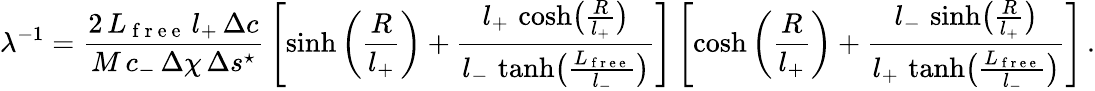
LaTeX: \lambda^{-1}=\frac{2\, L_{\mathrm{~f~r~e~e~}}\, l_{+}\, \Delta c}{M\, c_{-}\, \Delta\chi\, \Delta s^{\star}}\, \left[\sinh\left(\frac{R}{l_{+}}\right)+\frac{l_{+}\, \cosh\bigl(\frac{R}{l_{+}}\bigr)}{l_{-}\, \operatorname{tanh}\bigl(\frac{L_{\mathrm{~f~r~e~e~}}}{l_{-}}\bigr)}\right]\left[\cosh\left(\frac{R}{l_{+}}\right)+\frac{l_{-}\, \sinh\bigl(\frac{R}{l_{+}}\bigr)}{l_{+}\, \operatorname{tanh}\bigl(\frac{L_{\mathrm{~f~r~e~e~}}}{l_{-}}\bigr)}\right]\, .